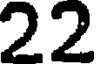
22